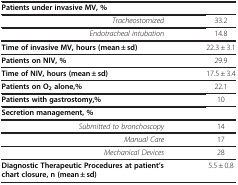
| Patients under invasive MV, % |  |
 | --- | --- |
 | Tracheostomized | 33.2 |
 | Endotracheal intubation | 14.8 |
 | Time of invasive MV, hours (mean ± sd) | 22.3 ± 3.1 |
 | Patients on NIV, % | 29.9 |
 | Time of NIV, hours (mean ± sd) | 17.5 ± 3.4 |
 | Patients on O2alone,% | 22.1 |
 | Patients with gastrostomy,% | 10 |
 | Secretion management, % |  |
 | Submitted to bronchoscopy | 14 |
 | Manual Care | 17 |
 | Mechanical Devices | 28 |
 | Diagnostic Therapeutic Procedures at patient’s chart closure, n (mean ± sd) | 5.5 ± 0.8 |